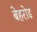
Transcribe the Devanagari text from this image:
बेहरोड